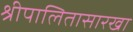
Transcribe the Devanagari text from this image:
श्रीपालितासारखा